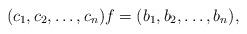
LaTeX: \begin{align*}(c_1,c_2,\ldots,c_n)f=(b_1,b_2,\ldots,b_n),\end{align*}